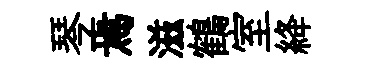
琴焉滋鶴室絳